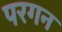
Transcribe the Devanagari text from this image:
परगन